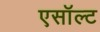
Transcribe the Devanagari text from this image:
एसॉल्ट